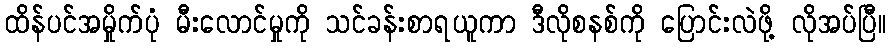
ထိန်ပင်အမှိုက်ပုံ မီးလောင်မှုကို သင်ခန်းစာရယူကာ ဒီလိုစနစ်ကို ပြောင်းလဲဖို့ လိုအပ်ပြီ။